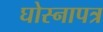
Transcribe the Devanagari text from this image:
घोस्नापत्र